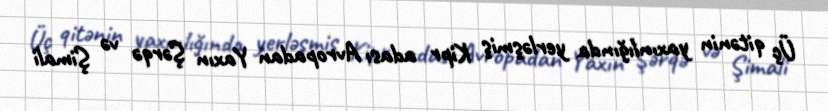
Üç qitənin yaxınlığında yerləşmiş Kipr adası Avropadan Yaxın Şərqə və Şimali